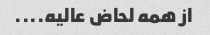
از همه لحاض عالیه....